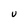
Character: U